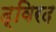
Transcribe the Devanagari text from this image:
द्विरद